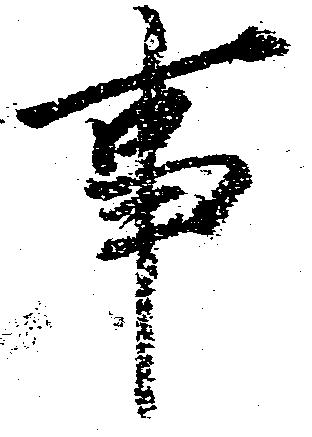
事